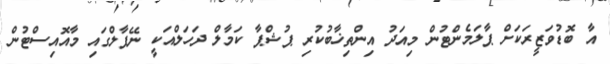
އާ ބޮޑުވަޒީރަކަށް ޕާލަމެންޓުން މިއަދު އިންތިޚާބުކުރި ޕުޝްޕާ ކަމާލް ދަހަލްއަކީ ނޭޕާލްގައި މާއޮއިސްޓުން